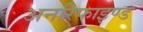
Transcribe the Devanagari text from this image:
अनरिफाइण्ड